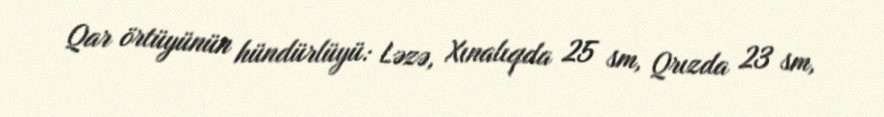
Qar örtüyünün hündürlüyü: Ləzə, Xınalıqda 25 sm, Qrızda 23 sm,